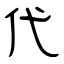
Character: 代